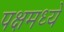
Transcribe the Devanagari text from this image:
पक्षमध्ये